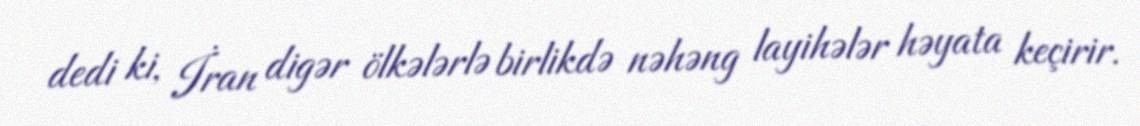
dedi ki, İran digər ölkələrlə birlikdə nəhəng layihələr həyata keçirir.